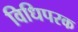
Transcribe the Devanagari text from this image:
विधिपरक